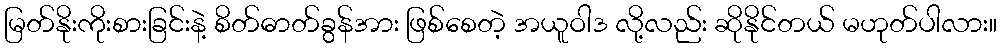
မြတ်နိုးကိုးစားခြင်းနဲ့ စိတ်ဓာတ်ခွန်အား ဖြစ်စေတဲ့ အယူဝါဒ လို့လည်း ဆိုနိုင်တယ် မဟုတ်ပါလား။